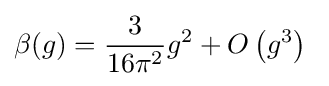
\beta (g)={\frac {3}{16\pi ^{2}}}g^{2}+O\left(g^{3}\right)~